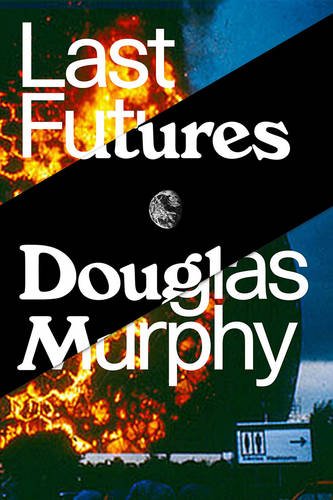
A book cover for Last Futures: Nature, Technology and the End of Architecture; Douglas Murphy; Arts & Photography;